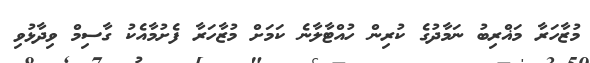
މުޒާހަރާ މަޣްރިބު ނަމާދުގެ ކުރިން ހުއްޓާލާނެ ކަމަށް މުޒާހަރާ ފެށުމާއެކު ގާސިމް ވިދާޅުވި